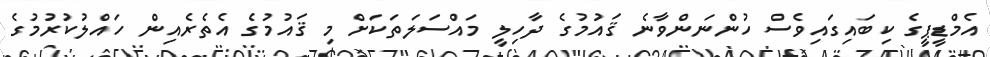
އެމްޑީޕީގެ ކިބައިގައިވެސް ހުންނަންވާނެ ޤައުމުގެ ދާހިލީ މައްސަލަތަކަށް މި ޤައުމުގެ އެތެރެއިން ހައްލުކުރުމުގެ